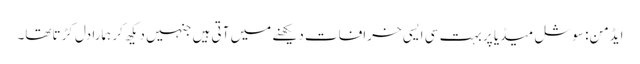
ایڈمن: سوشل میڈیا پر بہت سی ایسی خرافات دیکھنے میں آتی ہیں جنہیں دیکھ کر ہمارا دل کڑتاتھا۔